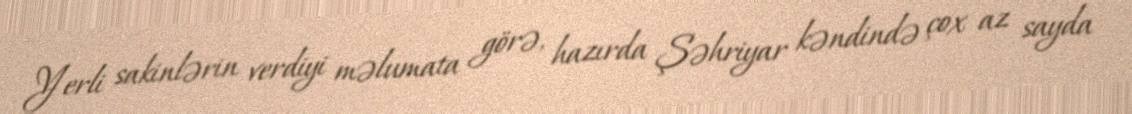
Yerli sakinlərin verdiyi məlumata görə, hazırda Şəhriyar kəndində çox az sayda